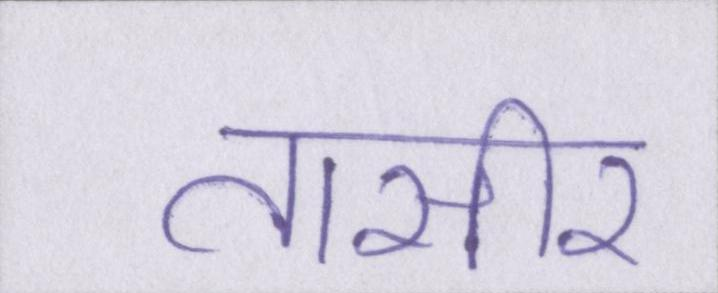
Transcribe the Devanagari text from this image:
तासीर